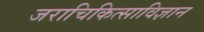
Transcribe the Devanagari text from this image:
जराचिकित्साविज्ञान